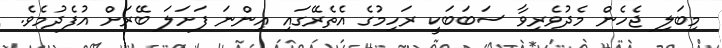
މިބަލި ޖެހެން މެދުވެރިވާ ސަބަބަކީ ރަހިމުގެ އެތެރޭގައި އިންނަ ފަށަލަ ބޭރަށް އުފެދުމެވެ.